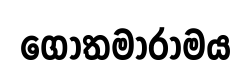
ගෝතමාරාමය